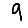
Digit: 9